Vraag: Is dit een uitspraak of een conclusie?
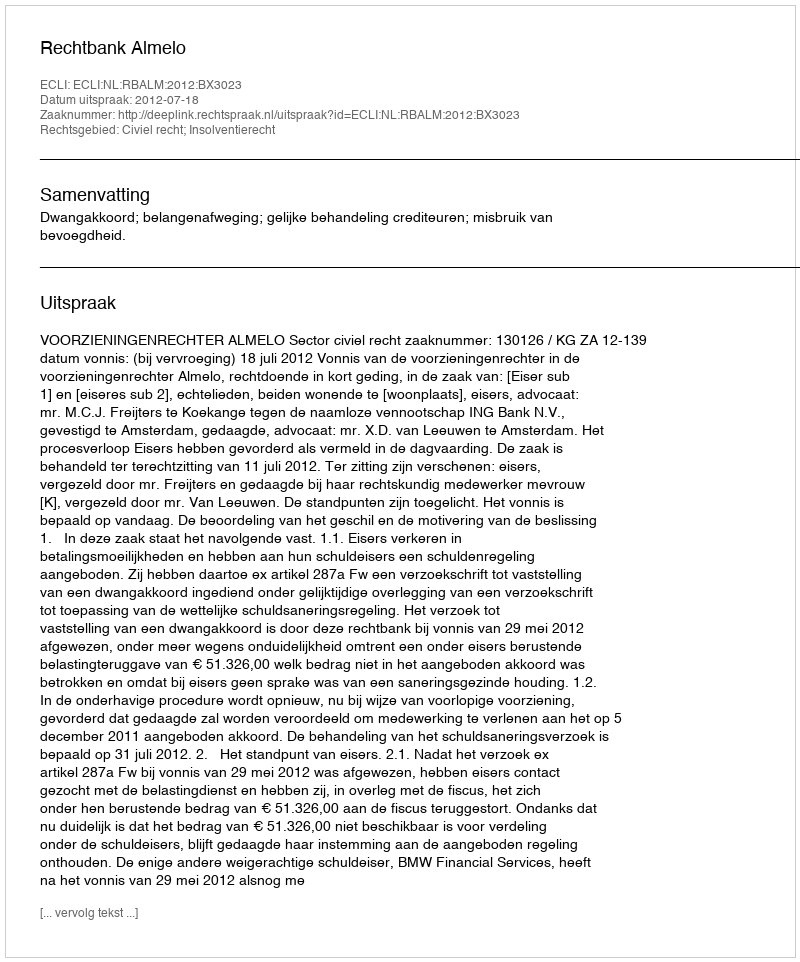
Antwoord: Uitspraak